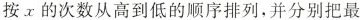
按x的次数从高到低的顺序排列，并分别把最